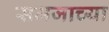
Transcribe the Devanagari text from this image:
समजाच्या